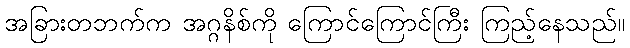
အခြားတဘက်က အဂ္ဂနိစ်ကို ကြောင်ကြောင်ကြီး ကြည့်နေသည်။